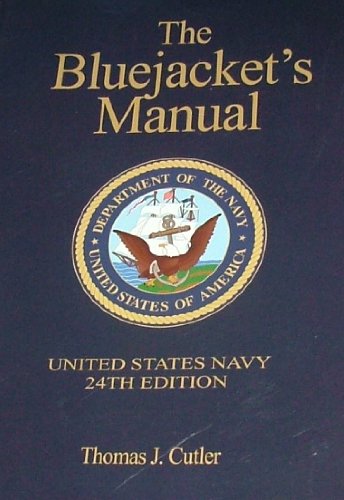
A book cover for Bluejacket's Manual; Thomas J. Cutler; Engineering & Transportation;